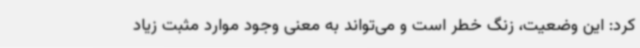
کرد: این وضعیت، زنگ خطر است و می‌تواند به معنی وجود موارد مثبت زیاد